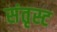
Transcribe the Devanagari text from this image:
संतृस्ट